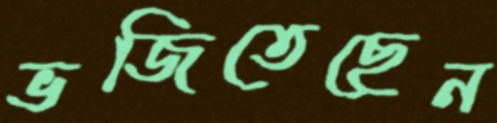
ভজিতেছেন